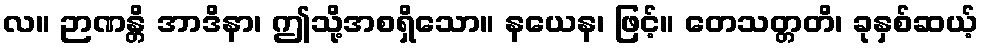
လ။ ဉာဏန္တိ အာဒိနာ၊ ဤသို့အစရှိသော။ နယေန၊ ဖြင့်။ တေသတ္တတိ၊ ခုနှစ်ဆယ့်